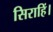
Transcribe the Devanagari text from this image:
सिराहिं।